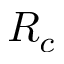
R _ { c }